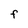
Character: F